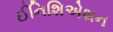
ઈનિશિએશન